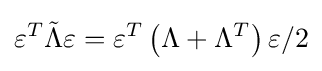
\varepsilon ^{T}{\tilde {\Lambda }}\varepsilon =\varepsilon ^{T}\left(\Lambda +\Lambda ^{T}\right)\varepsilon /2